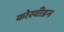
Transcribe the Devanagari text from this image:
कोस्वीडन